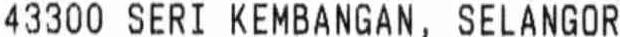
43300 SERI KEMBANGAN, SELANGOR